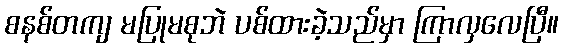
စနစ်တကျ မပြုမစုဘဲ ပစ်ထားခဲ့သည်မှာ ကြာလှလေပြီ။